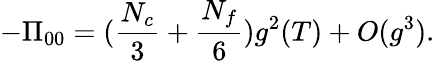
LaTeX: -\Pi_{00}=(\frac{N_{c}}{3}+\frac{N_{f}}{6})g^{2}(T)+O(g^{3}).